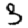
Digit: 3